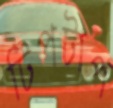
টিপটাপ